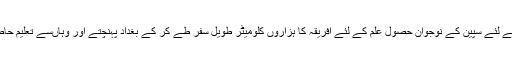
بغداد کی تحقیقات سے مستفید ہونے کے لئے سپین کے نوجوان حصولِ علم کے لئے افریقہ کا ہزاروں کلومیٹر طویل سفر طے کر کے بغداد پہنچتے اور وہاںسے تعلیم حاصل کرنے کے بعد وطن واپس لوٹتے۔